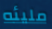
مليئه